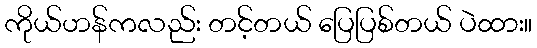
ကိုယ်ဟန်ကလည်း တင့်တယ် ပြေပြစ်တယ် ပဲထား။